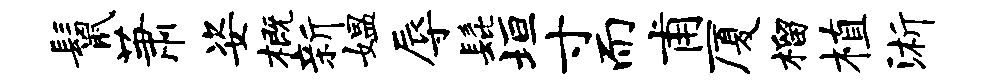
鬣萧姿概新媪辱髭垣寸而甫厦榴植浙